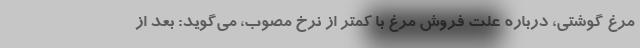
مرغ گوشتی، درباره علت فروش مرغ با کمتر از نرخ مصوب، می‌گوید: بعد از